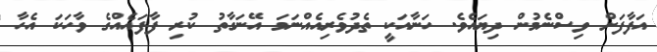
އަފާފަށް ވިސްނެމުން ދިޔައެވެ. ހަނާއަކީ ތެދުވެރިއެއްނަމަ އޭނަގާތު ކުރި ފާފައެއްގެ ވާހަކަ އެހާ